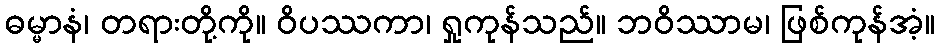
ဓမ္မာနံ၊ တရားတို့ကို။ ဝိပဿကာ၊ ရှုကုန်သည်။ ဘဝိဿာမ၊ ဖြစ်ကုန်အံ့။